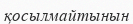
қосылмайтынын